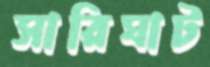
সারিঘাট